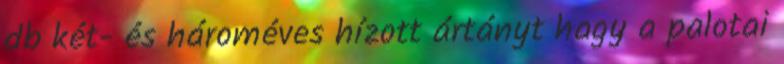
db két- és hároméves hízott ártányt hagy a palotai